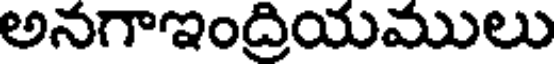
అనగాఇంద్రియములు